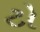
ટો